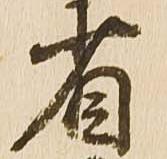
省